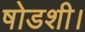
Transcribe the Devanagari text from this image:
षोडशी।